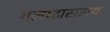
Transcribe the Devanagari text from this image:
गलाटासराय